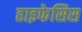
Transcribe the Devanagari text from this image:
हाइफेसिस